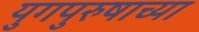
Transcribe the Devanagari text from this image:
युगपुरुषाच्या